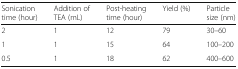
| Sonication time (hour) | Addition of TEA (mL) | Post-heating time (hour) | Yield (%) | Particle size (nm) |
 | --- | --- | --- | --- | --- |
 | 2 | 1 | 12 | 79 | 30–60 |
 | 1 | 1 | 15 | 64 | 100–200 |
 | 0.5 | 1 | 18 | 62 | 400–600 |